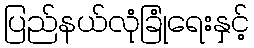
ပြည်နယ်လုံခြုံရေးနှင့်